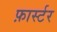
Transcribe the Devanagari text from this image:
फ़ार्स्टर